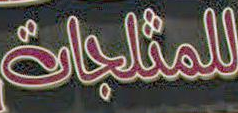
للمثلجات